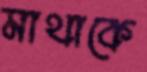
মাথাকে